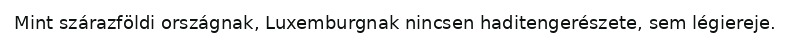
Mint szárazföldi országnak, Luxemburgnak nincsen haditengerészete, sem légiereje.